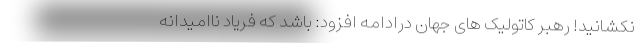
نکشانید! رهبر کاتولیک های جهان درادامه افزود: باشد که فریاد ناامیدانه